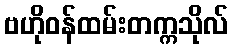
ဗဟိုဝန်ထမ်းတက္ကသိုလ်